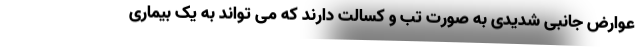
عوارض جانبی شدیدی به صورت تب و کسالت دارند که می تواند به یک بیماری